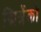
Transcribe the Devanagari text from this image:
द्मित्रेंको